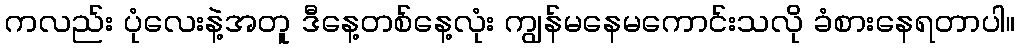
ကလည်း ပုံလေးနဲ့အတူ ဒီနေ့တစ်နေ့လုံး ကျွန်မနေမကောင်းသလို ခံစားနေရတာပါ။